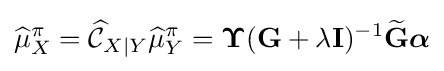
{\widehat {\mu }}_{X}^{\pi }={\widehat {\mathcal {C}}}_{X\mid Y}{\widehat {\mu }}_{Y}^{\pi }={\boldsymbol {\Upsilon }}(\mathbf {G} +\lambda \mathbf {I} )^{-1}{\widetilde {\mathbf {G} }}{\boldsymbol {\alpha }}